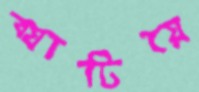
ব্যাটিয়ে